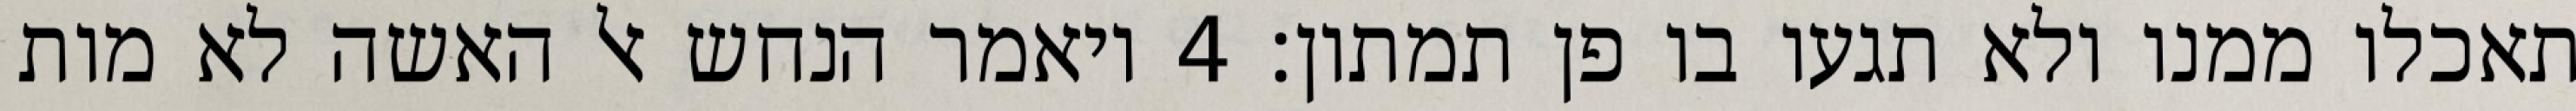
תאכלו ממנו ולא תגעו בו פן תמתון׃ ‎4‏ ויאמר הנחש אל האשה לא מות